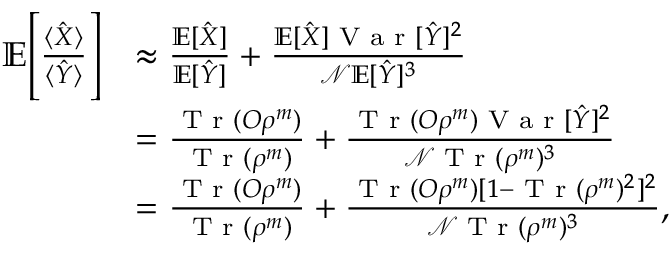
\begin{array} { r l } { \mathbb { E } \Bigg [ \frac { \langle \hat { X } \rangle } { \langle \hat { Y } \rangle } \Bigg ] } & { \approx \frac { \mathbb { E } [ \hat { X } ] } { \mathbb { E } [ \hat { Y } ] } + \frac { \mathbb { E } [ \hat { X } ] \textrm { V a r } [ \hat { Y } ] ^ { 2 } } { \mathcal { N } \mathbb { E } [ \hat { Y } ] ^ { 3 } } } \\ & { = \frac { \textrm { T r } ( O \rho ^ { m } ) } { \textrm { T r } ( \rho ^ { m } ) } + \frac { \textrm { T r } ( O \rho ^ { m } ) \textrm { V a r } [ \hat { Y } ] ^ { 2 } } { \mathcal { N } \textrm { T r } ( \rho ^ { m } ) ^ { 3 } } } \\ & { = \frac { \textrm { T r } ( O \rho ^ { m } ) } { \textrm { T r } ( \rho ^ { m } ) } + \frac { \textrm { T r } ( O \rho ^ { m } ) [ 1 - \textrm { T r } ( \rho ^ { m } ) ^ { 2 } ] ^ { 2 } } { \mathcal { N } \textrm { T r } ( \rho ^ { m } ) ^ { 3 } } , } \end{array}